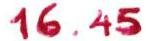
16.45